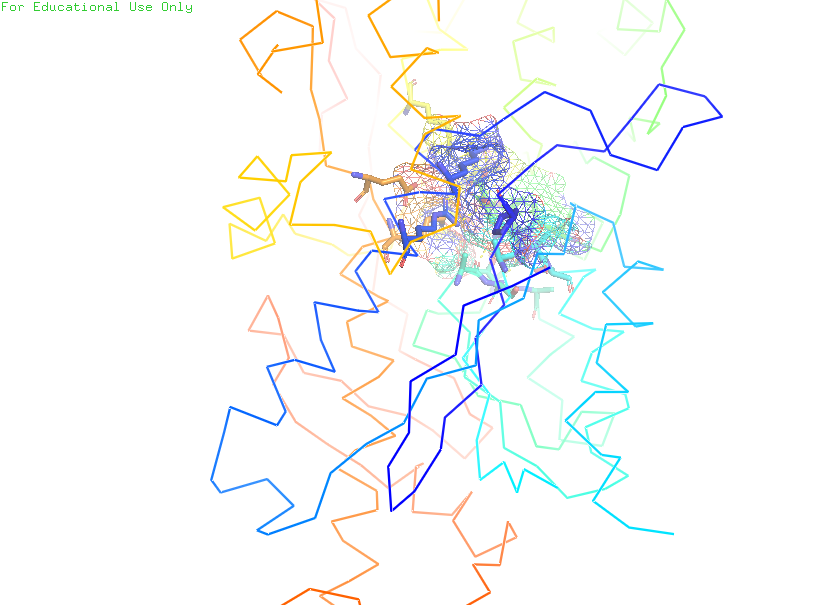
pymol, preset, ligand_sites_mesh